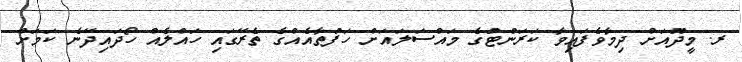
ރ. މީދޫއަށް ދިމާވެފައިވާ ކަރަންޓުގެ މައްސަލައަށް ހަފުތާއެއްގެ ތެރޭގައި ހައްލެއް ހޯދައިދޭނެ ކަމަށް